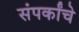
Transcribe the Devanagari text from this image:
संपर्कांचे